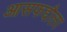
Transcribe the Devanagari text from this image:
आसफद्दौला